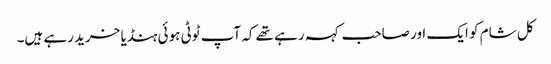
کل شام کو ایک اور صاحب کہہ رہے تھے کہ آپ ٹوٹی ہوئی ہنڈیا خرید رہے ہیں۔